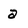
Character: a